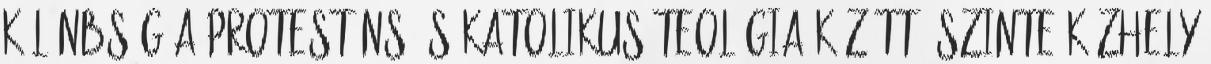
különbség a protestáns és katolikus teológia között? Szinte közhely